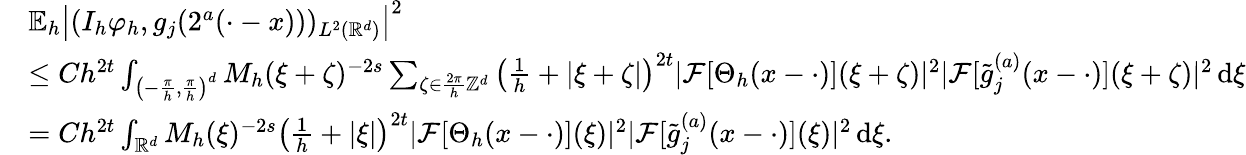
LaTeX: \begin{array}{rl}&{\mathbb{E}_{h}\left|(I_{h}\varphi_{h},g_{j}(2^{a}(\cdot-x)))_{L^{2}(\mathbb{R}^{d})}\right|^{2}}\\ &{\le Ch^{2t}\int_{\left(-\frac{\pi}{h},\frac{\pi}{h}\right)^{d}}M_{h}(\xi+\zeta)^{-2s}\sum_{\zeta\in\frac{2\pi}{h}\mathbb{Z}^{d}}\left(\frac 1h+|\xi+\zeta|\right)^{2t}|\mathcal{F}[\Theta_{h}(x-\cdot)](\xi+\zeta)|^{2}|\mathcal{F}[\tilde{g}_{j}^{(a)}(x-\cdot)](\xi+\zeta)|^{2}\, \mathrm{d}\xi}\\ &{=Ch^{2t}\int_{\mathbb{R}^{d}}M_{h}(\xi)^{-2s}\left(\frac 1h+|\xi|\right)^{2t}|\mathcal{F}[\Theta_{h}(x-\cdot)](\xi)|^{2}|\mathcal{F}[\tilde{g}_{j}^{(a)}(x-\cdot)](\xi)|^{2}\, \mathrm{d}\xi.}\end{array}